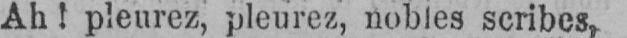
Ah! pleurez, pleurez, nobles scribes,